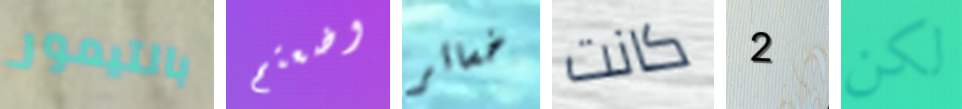
بالتيمور وضعتم خسائر كانت 2 لكن